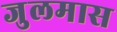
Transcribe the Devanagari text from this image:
जुलमास